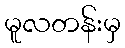
မူလတန်းမှ